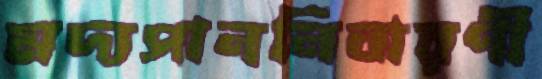
মদ্যপাননিবারণী